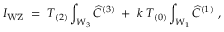
I _ { \mathrm { W Z } } \; = \; T _ { ( 2 ) } \int _ { { \cal W } _ { 3 } } { \widehat C } ^ { ( 3 ) } \; + \; k \; T _ { ( 0 ) } \int _ { { \cal W } _ { 1 } } { \widehat C } ^ { ( 1 ) } \ ,